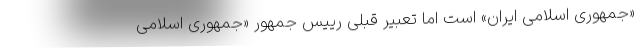
«جمهوری اسلامی ایران» است اما تعبیر قبلی رییس جمهور «جمهوری اسلامی